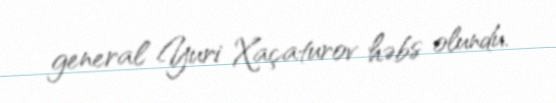
general Yuri Xaçaturov həbs olundu.